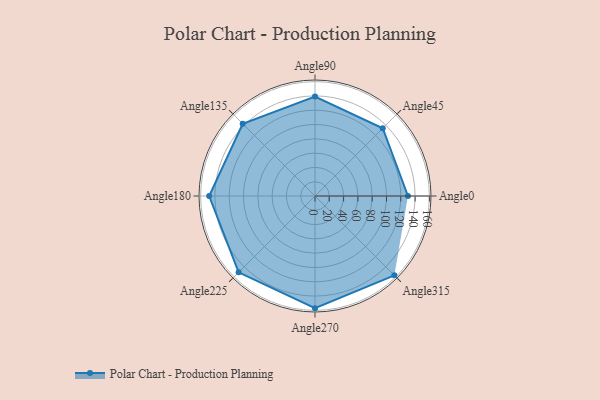
{"axis": {"x": "Angle", "y": "Radius"}, "legend": [""], "data": [{"x": "Angle0", "y": 130.0, "type": ""}, {"x": "Angle45", "y": 134.0, "type": ""}, {"x": "Angle90", "y": 139.0, "type": ""}, {"x": "Angle135", "y": 143.0, "type": ""}, {"x": "Angle180", "y": 148.0, "type": ""}, {"x": "Angle225", "y": 151.0, "type": ""}, {"x": "Angle270", "y": 157.0, "type": ""}, {"x": "Angle315", "y": 157.0, "type": ""}]}